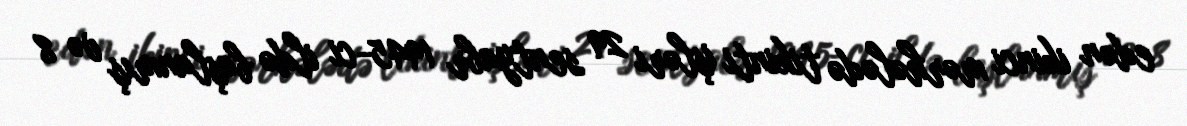
edən ikinci mərhələdə tikinti işləri 29 sentyabr 1945-ci ildə başlanmış və 8